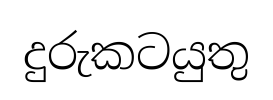
දුරුකටයුතු